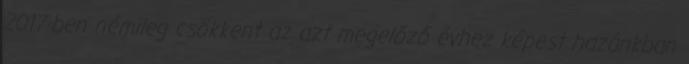
2017-ben némileg csökkent az azt megelőző évhez képest hazánkban